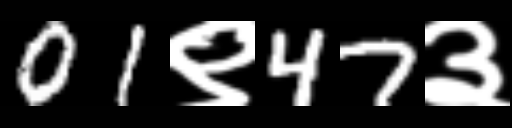
Text: 01९47३